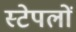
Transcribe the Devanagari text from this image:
स्टेपलों